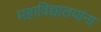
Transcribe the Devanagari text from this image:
महाविद्यालयांना